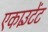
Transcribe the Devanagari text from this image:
एकाउँटेंट